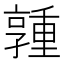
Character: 𪧃